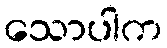
သောပါက